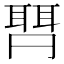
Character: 𱻽